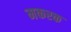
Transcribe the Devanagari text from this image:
मकरक